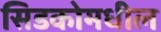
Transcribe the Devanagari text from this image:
सिडकोमधील